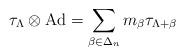
LaTeX: \begin{align*}\tau_\Lambda\otimes \textrm{Ad}= \sum_{\beta\in \Delta_n}m_\beta \tau_{\Lambda+\beta}\end{align*}